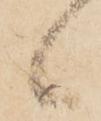
候